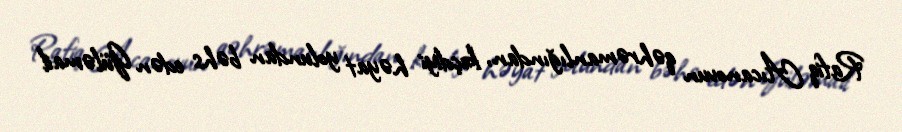
Rafiq Aıcanovun qəhrəmanlığından, keçdiyi həyat yolundan bəhs edən Güləmail